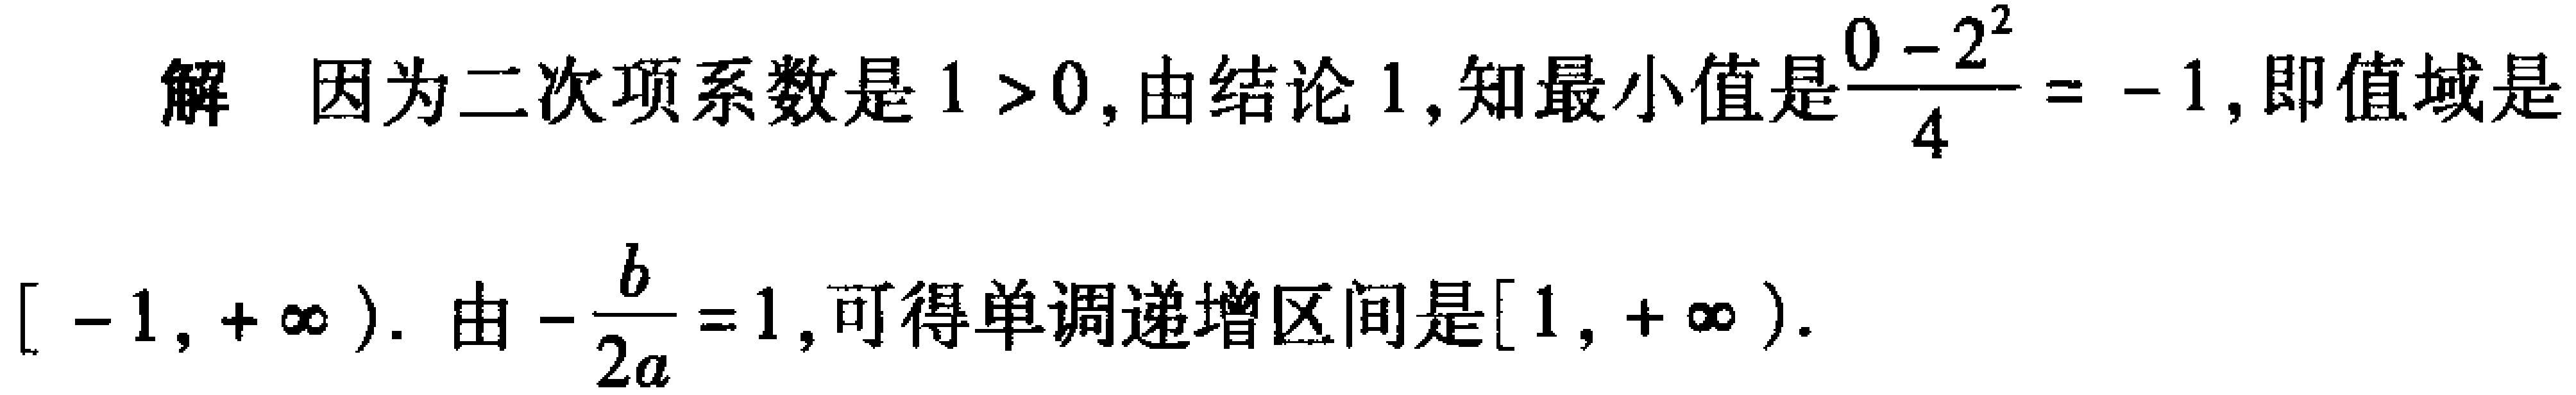
解 因为二次项系数是 \(1 > 0\), 由结论 1, 知最小值是\(\frac{0 - 2^{2}}{4} = - 1\), 即值域是\([ - 1, +\infty)\). 由\(-\frac{b}{2a}=1\), 可得单调递增区间是\([1, +\infty)\).